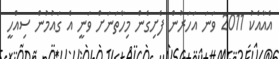
އެއާއެކު 2011 ވަނަ އަހަރުން ފެށިގެން މިހާތަނަށް ވަނީ އެ ގައުމުން ސިއްހީ